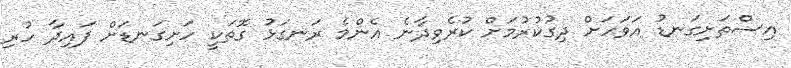
އިސްތަށިގަނޑު އަވަހަށް ދިގުކުރުމަށް ކުރެވިދާނެ އެންމެ ރަނގަޅު ގޮތަކީ ހަށިގަނޑަށް ފައިދާ ހުރި